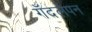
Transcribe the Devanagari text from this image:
गँदलेपन